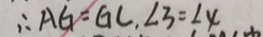
\therefore A G = G C , \angle 3 = \angle 4